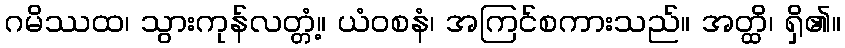
ဂမိဿထ၊ သွားကုန်လတ္တံ့။ ယံဝစနံ၊ အကြင်စကားသည်။ အတ္ထိ၊ ရှိ၏။